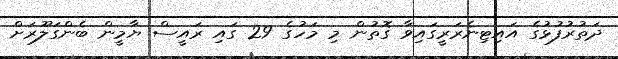
ދަތުރުފުޅުގެ އައިޓިނެރަރީގައިވާ ގޮތުން މި މަހުގެ 29 ގައި ރައީސް ޔާމީން ބެންގަލޫރަށް